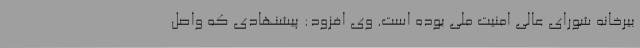
بیرخانه شورای عالی امنیت ملی بوده است. وی افزود: پیشنهادی که واصل